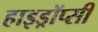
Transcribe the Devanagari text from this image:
हाइड्रॉप्सी